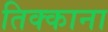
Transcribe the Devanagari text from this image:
तिक्काना